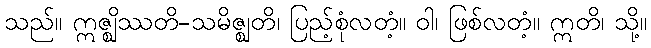
သည်။ ဣဇ္ဈိဿတိ-သမိဇ္ဈတိ၊ ပြည့်စုံလတံ့။ ဝါ၊ ဖြစ်လတံ့။ ဣတိ၊ သို့။